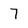
Character: 7